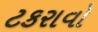
ટકરાવો